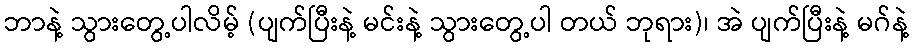
ဘာနဲ့ သွားတွေ့ပါလိမ့် (ပျက်ပြီးနဲ့ မင်းနဲ့ သွားတွေ့ပါ တယ် ဘုရား)၊ အဲ ပျက်ပြီးနဲ့ မဂ်နဲ့